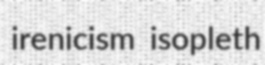
irenicism isopleth